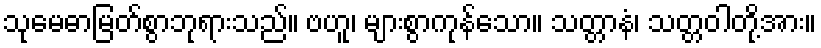
သုမေဓာမြတ်စွာဘုရားသည်။ ဗဟူ၊ များစွာကုန်သော။ သတ္တာနံ၊ သတ္တဝါတို့အား။